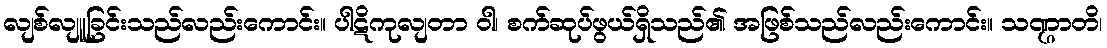
လျစ်လျူခြင်းသည်လည်းကောင်း။ ပါဋိကုလျတာ ဝါ၊ စက်ဆုပ်ဖွယ်ရှိသည်၏ အဖြစ်သည်လည်းကောင်း။ သဏ္ဌာတိ၊